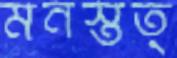
মনস্তত্